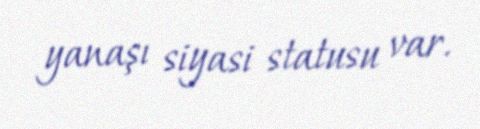
yanaşı siyasi statusu var.